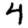
Digit: 4